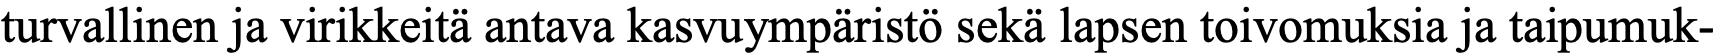
turvallinen ja virikkeitä antava kasvuympäristö sekä lapsen toivomuksia ja taipumuk-